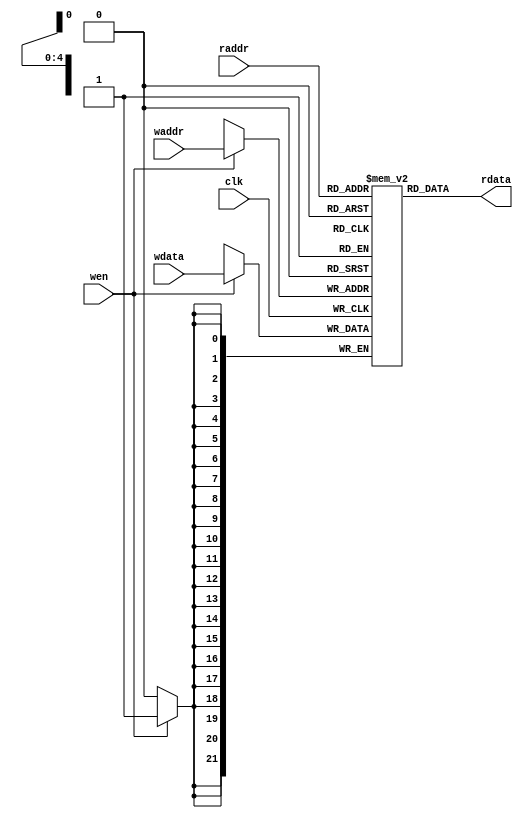
`timescale 10 ns / 1 ns

`define TARRAY_DATA_WIDTH 22
`define TARRAY_ADDR_WIDTH 5
`define TARRAY_SET 32
//setTARRAT_SET TARRT_ADDR_WIDTH TARRAY_DATA_WIDTH
module tag_array(
	input                             clk,
	input  [`TARRAY_ADDR_WIDTH - 1:0] waddr,
	input  [`TARRAY_ADDR_WIDTH - 1:0] raddr,
	input                             wen,
	input  [`TARRAY_DATA_WIDTH - 1:0] wdata,
	output [`TARRAY_DATA_WIDTH - 1:0] rdata
);

	reg [`TARRAY_DATA_WIDTH-1:0] array[ `TARRAY_SET - 1 : 0];
	
	always @(posedge clk)
	begin
		if(wen)
			array[waddr] <= wdata;
	end 

assign rdata = array[raddr];

endmodule